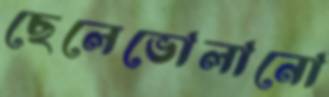
ছেলেভোলানো